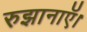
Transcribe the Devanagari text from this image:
रुझानाऍ।